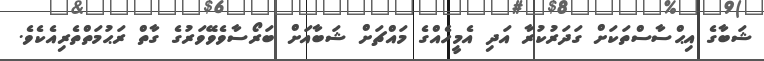
ޝަބާގެ އިޙްސާސްތަކަށް ގަދަރުކުރާ އަދި އެމީހެއްގެ މައްޗަށް ޝަބާއަށް ބަރޯސާވެވޭވަރުގެ ގާތް ރަޙުމަތްތެރިއެކެވެ.